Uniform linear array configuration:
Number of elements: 8
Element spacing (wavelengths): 0.25
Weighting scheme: kaiser
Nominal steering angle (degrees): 60
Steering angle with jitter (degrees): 59.573
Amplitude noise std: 0.05
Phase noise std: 0.05

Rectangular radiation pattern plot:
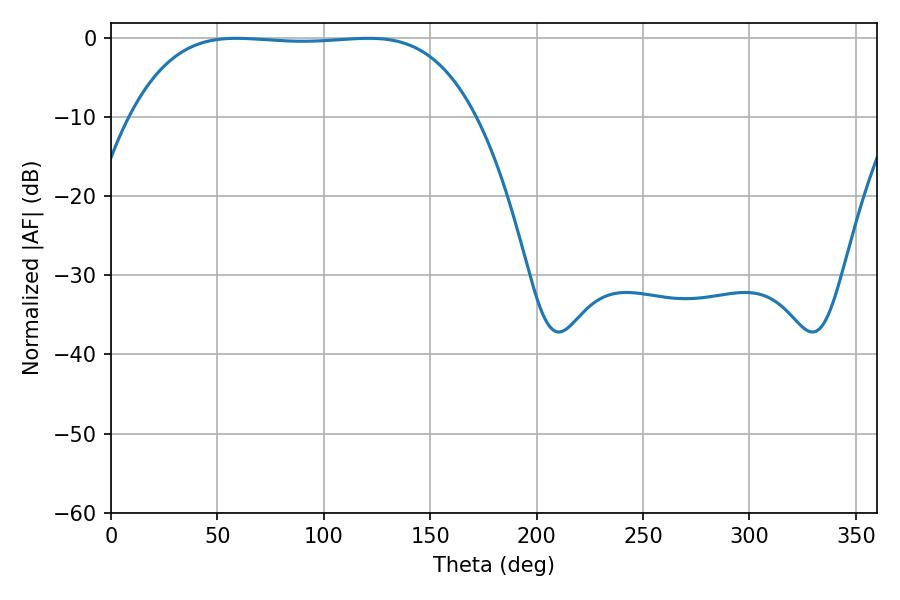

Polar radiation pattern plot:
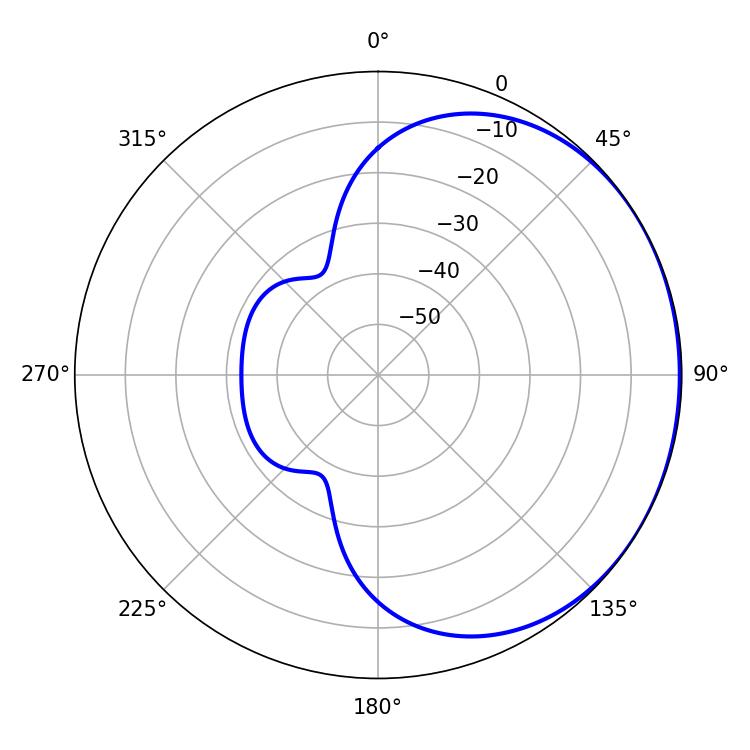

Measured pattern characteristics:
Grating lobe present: FALSE
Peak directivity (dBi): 0.7271
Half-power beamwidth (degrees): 126
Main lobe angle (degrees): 58.86